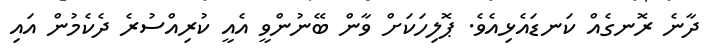
ދާނެ ރޮނގެއް ކަނޑައެޅިއެވެ. ޕޮލިހަކަށް ވާން ބޭނުންވީ އެއީ ކުރިއްސުރެ ދެކެމުން އައި